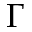
\Gamma